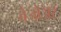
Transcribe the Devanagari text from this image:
बेजोअर